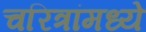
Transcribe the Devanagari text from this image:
चरित्रांमध्ये